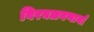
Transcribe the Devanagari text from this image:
विरघळवणार्या